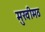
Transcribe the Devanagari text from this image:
मुखीमठ